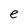
Character: e